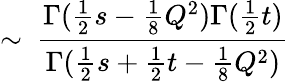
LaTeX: \sim~\frac{\Gamma(\frac{1}{2}s-\frac{1}{8}Q^{2})\Gamma(\frac{1}{2}t)}{\Gamma(\frac{1}{2}s+\frac{1}{2}t-\frac{1}{8}Q^{2})}